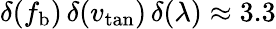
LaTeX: \delta(f_{\mathrm{b}})\, \delta(v_{\mathrm{tan}})\, \delta(\lambda)\approx 3.3